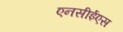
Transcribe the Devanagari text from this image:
एनसीईएस